Indian journal of veterinary science and animal husbandry - Volumes 22-23, 1952-1953
Year: 1952
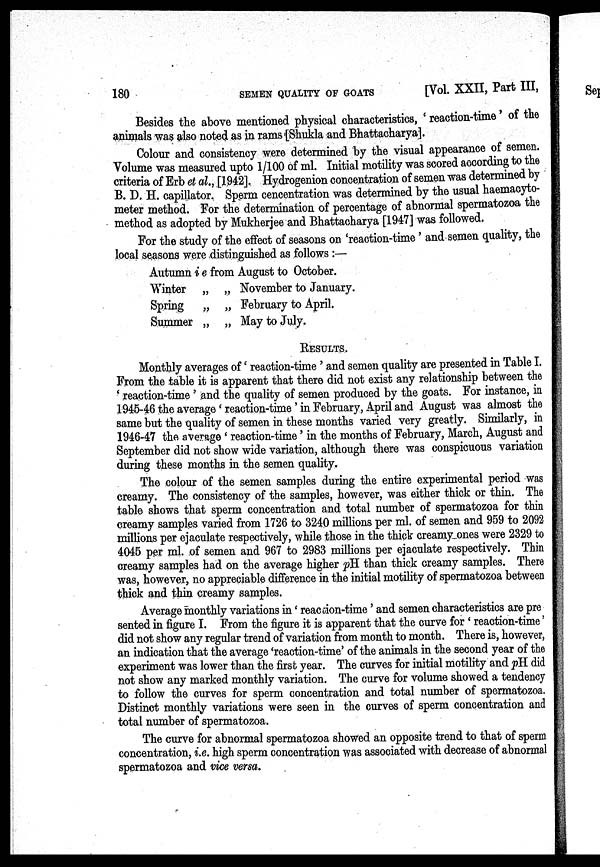
180
SEMEN QUALITY OF GOATS
[Vol. XXII, Part III,
Besides the above mentioned physical characteristics, ' reaction-time' of the
animals was also noted as in rams [Shukla and Bhattacharya].
Colour and consistency were determined by the visual appearance of semen.
Volume was measured upto 1/100 of ml. Initial motility was scored according to the
criteria of Erb et al., [1942]. Hydrogenion concentration of semen was determined by
B. D. H. capillator. Sperm cencentration was determined by the usual haemacyto-
meter method. For the determination of percentage of abnormal spermatozoa the
method as adopted by Mukherjee and Bhattacharya [1947] was followed.
For the study of the effect of seasons on 'reaction-time' and semen quality, the
local seasons were distinguished as follows :—
Autumn i e from August to October.
Winter „ „
Spring
„ „
Summer „ „
November to January.
February to April.
May to July.
RESULTS.
Monthly averages of 'reaction-time' and semen quality are presented in Table I.
From the table it is apparent that there did not exist any relationship between the
'reaction-time' and the quality of semen produced by the goats. For instance, in
1945-46 the average 'reaction-time' in February, April and August was almost the
same but the quality of semen in these months varied very greatly. Similarly, in
1946-47 the average 'reaction-time' in the months of February, March, August and
September did not show wide variation, although there was conspicuous variation
during these months in the semen quality.
The colour of the semen samples during the entire experimental period was
creamy. The consistency of the samples, however, was either thick or thin. The
table shows that sperm concentration and total number of spermatozoa for thin
creamy samples varied from 1726 to 3240 millions per ml. of semen and 959 to 2092
millions per ejaculate respectively, while those in the thick creamy ones were 2329 to
4045 per ml. of semen and 967 to 2983 millions per ejaculate respectively. Thin
creamy samples had on the average higher pH. than thick creamy samples. There
was, however, no appreciable difference in the initial motility of spermatozoa between
thick and thin creamy samples.
Average monthly variations in 'reaction-time' and semen characteristics are pre
sented in figure I. From the figure it is apparent that the curve for 'reaction-time'
did not show any regular trend of variation from month to month. There is, however,
an indication that the average 'reaction-time' of the animals in the second year of the
experiment was lower than the first year. The curves for initial motility and pH did
not show any marked monthly variation. The curve for volume showed a tendency
to follow the curves for sperm concentration and total number of spermatozoa.
Distinct monthly variations were seen in the curves of sperm concentration and
total number of spermatozoa.
The curve for abnormal spermatozoa showed an opposite trend to that of sperm
concentration, i.e. high sperm concentration was associated with decrease of abnormal
spermatozoa and vice versa.